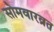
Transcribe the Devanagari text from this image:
सोमवारव्रत